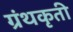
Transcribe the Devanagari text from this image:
ग्रंथकृती